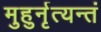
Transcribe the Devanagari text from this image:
मुहुर्नृत्यन्तं